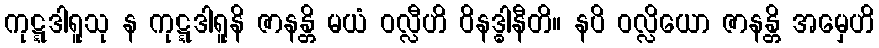
ကုဋ္ဋဒါရူသု န ကုဋ္ဋဒါရူနိ ဇာနန္တိ မယံ ဝလ္လီဟိ ဝိနဒ္ဓါနီတိ။ နပိ ဝလ္လိယော ဇာနန္တိ အမှေဟိ